65_HS1-834228961_62-HQ-83894_Section_6
Agency: FBI
Page 31
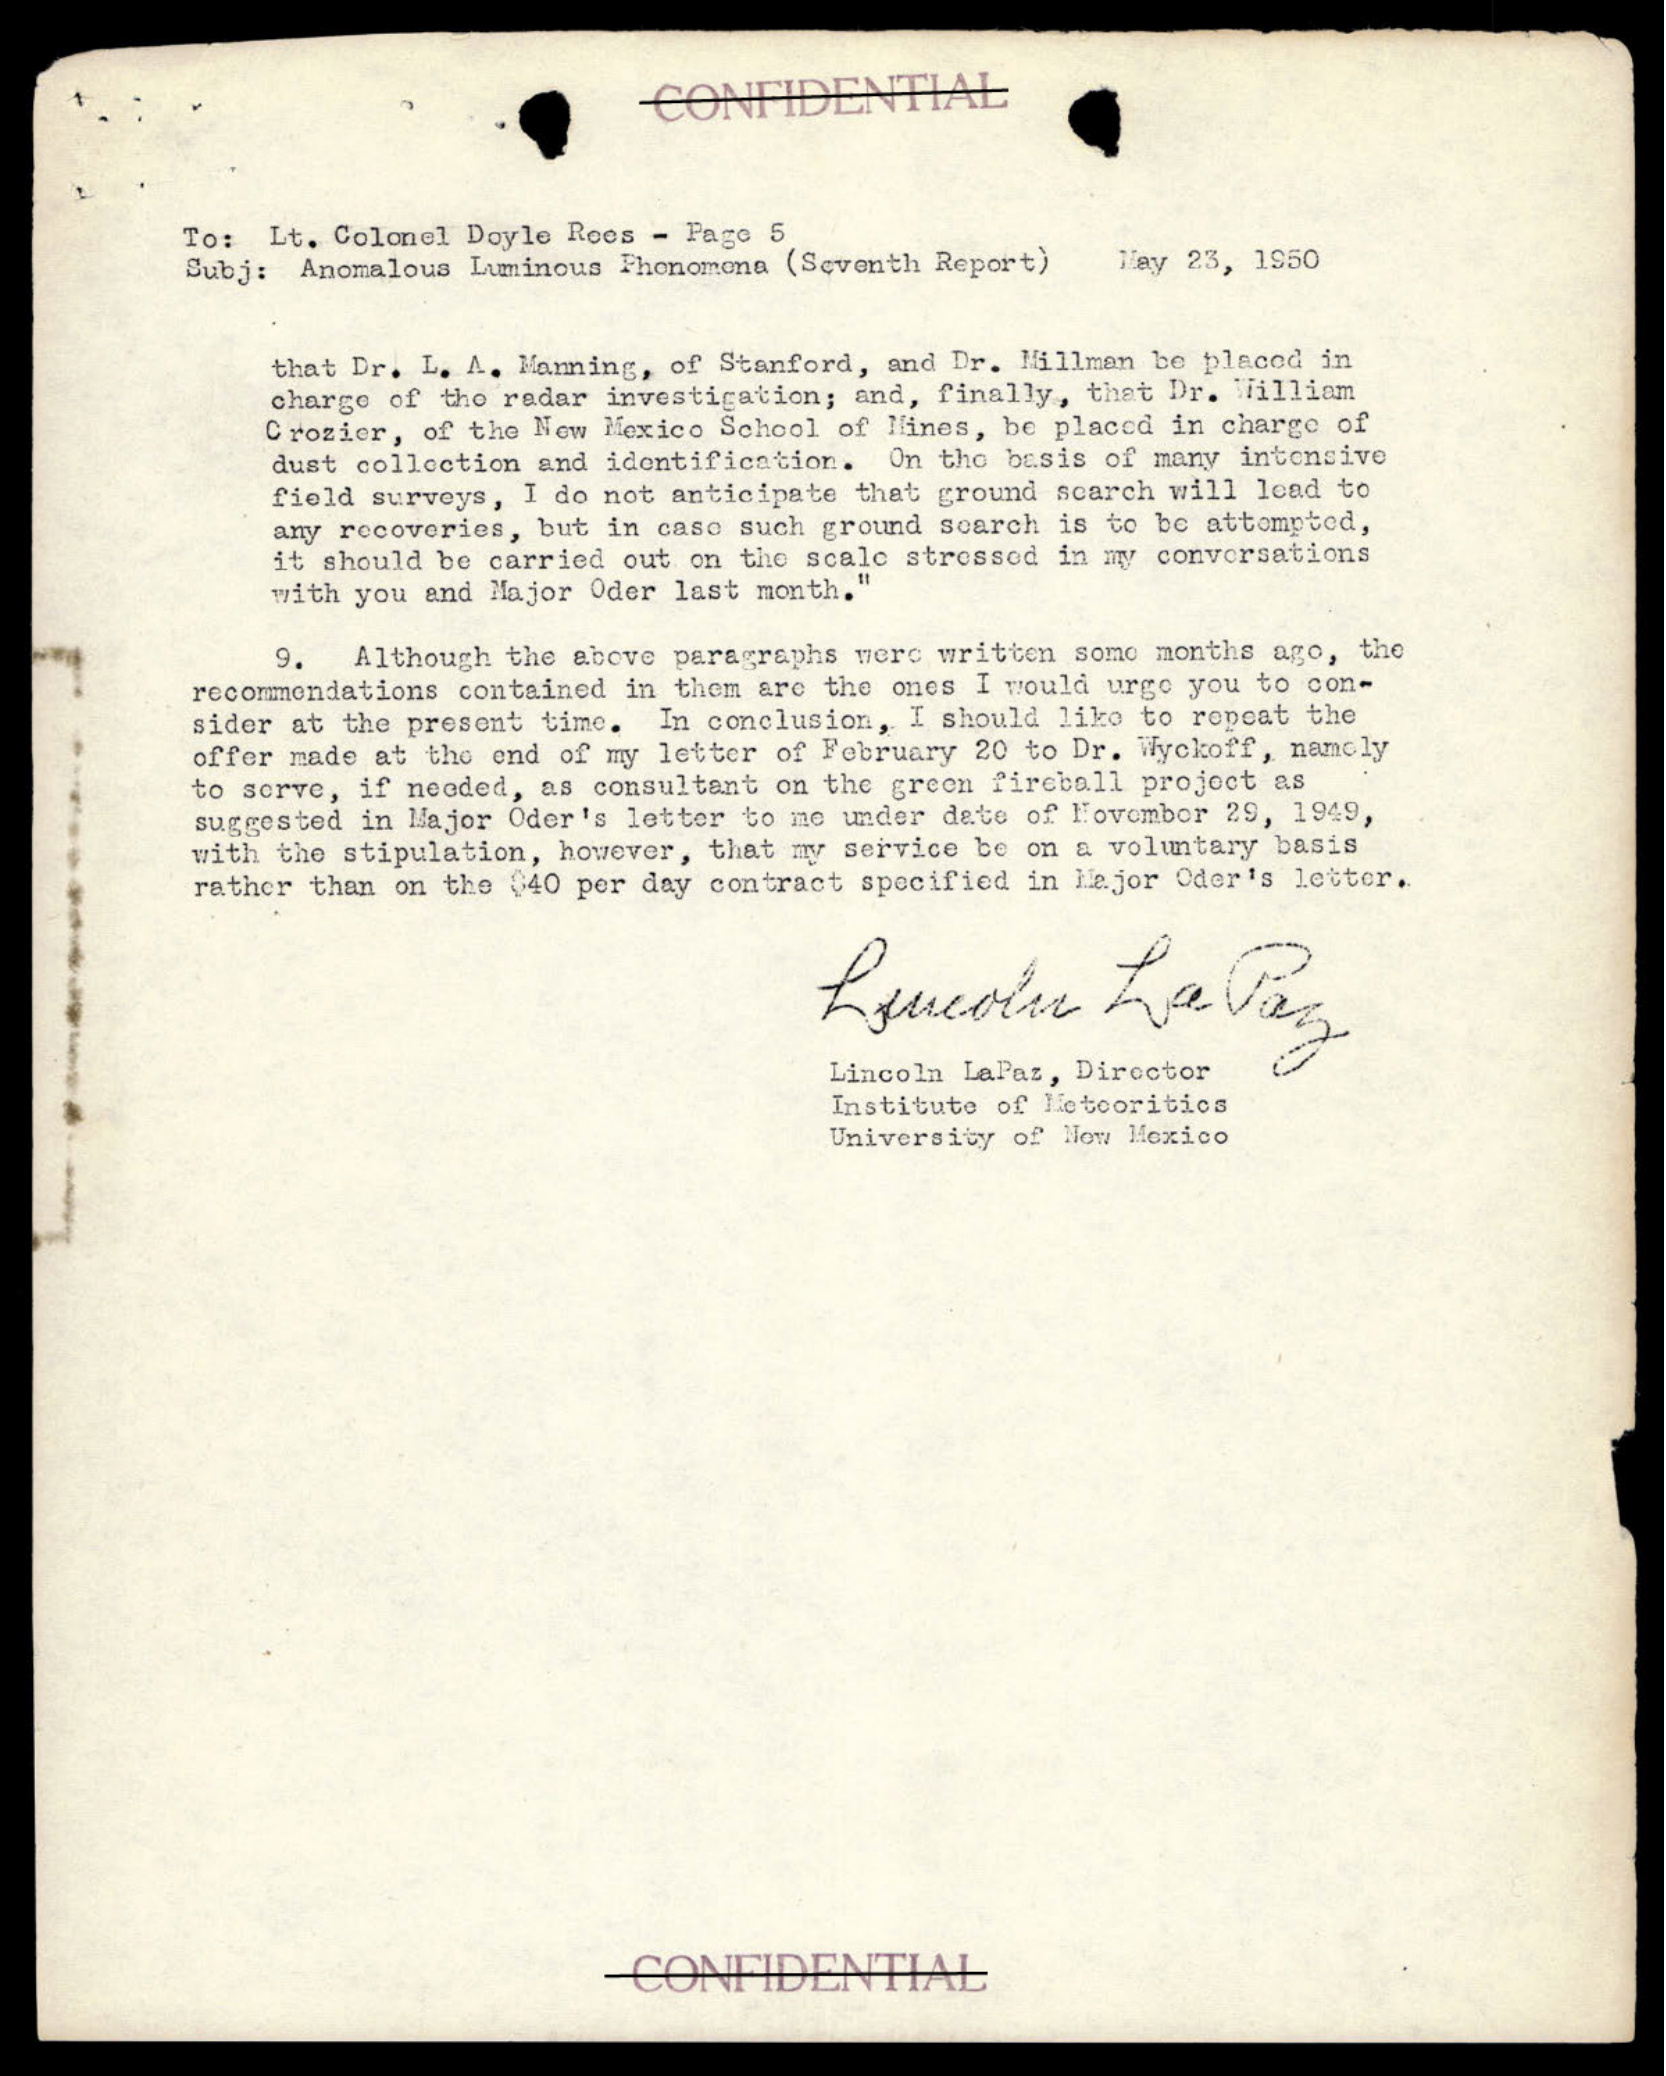